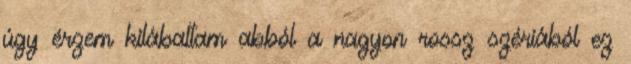
úgy érzem kilábaltam abból a nagyon rossz szériából ez